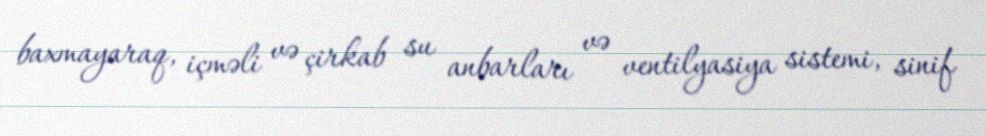
baxmayaraq, içməli və çirkab su anbarları və ventilyasiya sistemi, sinif